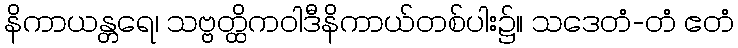
နိကာယန္တရေ၊ သဗ္ဗတ္ထိကဝါဒီနိကာယ်တစ်ပါး၌။ သဒေတံ-တံ ဧတံ